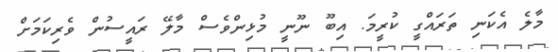
މާލެ އެކަނި ތަރައްގީ ކުރީމަ. އިބޫ ނޫނީ މުޅިންވެސް މާލޭ ރައީސުން ވެރިކަމަށް